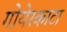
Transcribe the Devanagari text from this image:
गोयेरकाटा